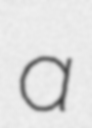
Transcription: a